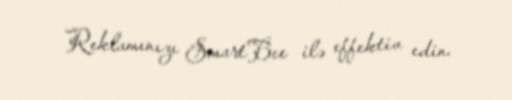
Reklamınızı SmartBee ilə effektiv edin.